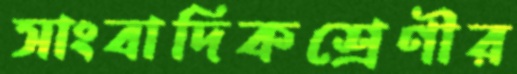
সাংবাদিকশ্রেণীর